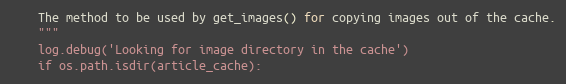
Language: Python
    The method to be used by get_images() for copying images out of the cache.
    """
    log.debug('Looking for image directory in the cache')
    if os.path.isdir(article_cache):